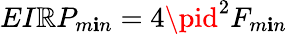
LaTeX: EI\mathbb{R}P_{m\mathbf{i}n}=4\pid^{2}F_{m\mathbf{i}n}